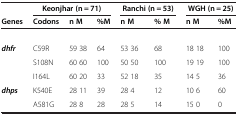
<table><thead><tr><td><b> </b></td><td colspan="3"><b>Keonjhar (n = 71)</b></td><td colspan="2"><b>Ranchi (n = 53)</b></td><td colspan="2"><b>WGH (n = 25)</b></td></tr></thead><tbody><tr><td><b>Genes</b></td><td><b>Codons</b></td><td><b>n M</b></td><td><b>%M</b></td><td><b>n M</b></td><td><b>% M</b></td><td><b>n M</b></td><td><b>%M</b></td></tr><tr><td> </td><td> </td><td> </td><td> </td><td> </td><td> </td><td> </td><td> </td></tr><tr><td><b><i>dhfr</i></b></td><td>C59R</td><td>59 38</td><td>64</td><td>53 36</td><td>68</td><td>18 18</td><td>100</td></tr><tr><td> </td><td>S108N</td><td>60 60</td><td>100</td><td>50 50</td><td>100</td><td>19 19</td><td>100</td></tr><tr><td> </td><td>I164L</td><td>60 20</td><td>33</td><td>52 18</td><td>35</td><td>14 5</td><td>36</td></tr><tr><td><b><i>dhps</i></b></td><td>K540E</td><td>28 11</td><td>39</td><td>28 4</td><td>12</td><td>10 6</td><td>60</td></tr><tr><td> </td><td>A581G</td><td>28 8</td><td>28</td><td>28 5</td><td>14</td><td>15 0</td><td>0</td></tr></tbody></table>